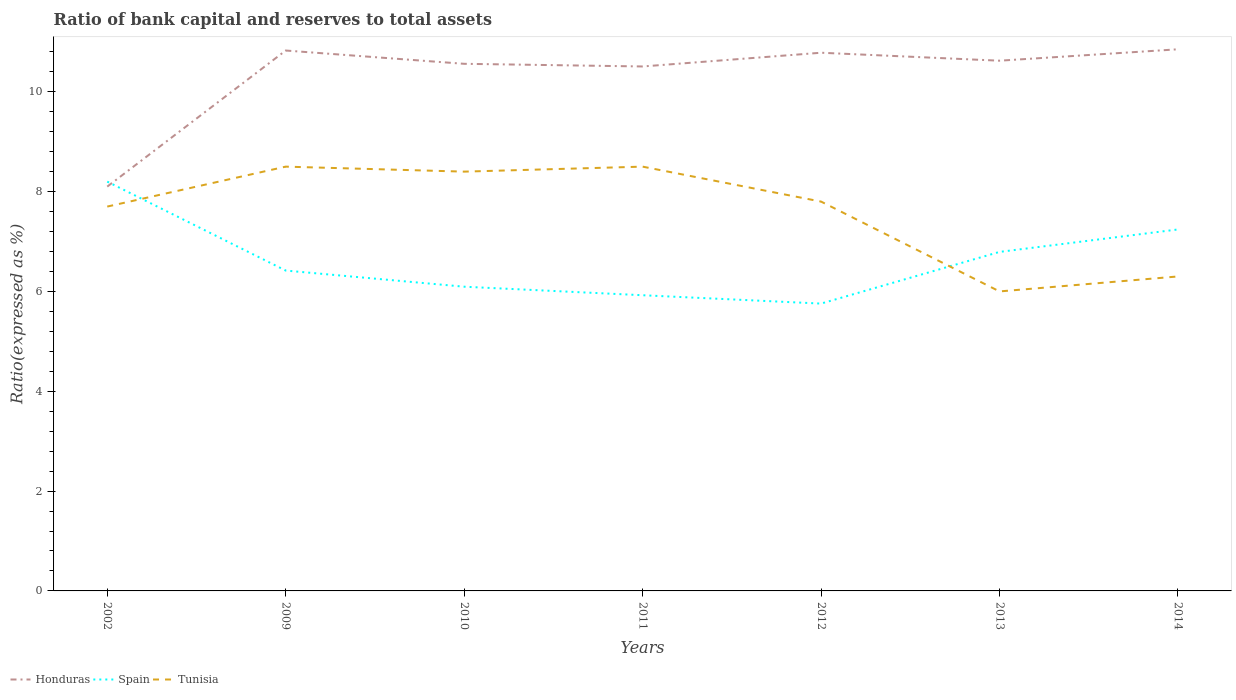
| Years | Honduras | Spain | Tunisia |
 | --- | --- | --- | --- |
 | 2002 | 8.1 | 8.2 | 7.7 |
 | 2009 | 10.8 | 6.42 | 8.5 |
 | 2010 | 10.6 | 6.09 | 8.4 |
 | 2011 | 10.5 | 5.92 | 8.5 |
 | 2012 | 10.8 | 5.76 | 7.8 |
 | 2013 | 10.6 | 6.79 | 6 |
 | 2014 | 10.9 | 7.24 | 6.3 |